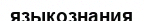
языкознания